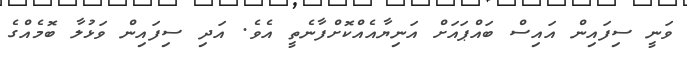
ވަނީ ސިފައިން އައިސް ބައްޕައަށް އަނިޔާއެއްކޮށްފާނެތީ އެވެ. އަދި ސިފައިން ވަޅުލާ ބޮމެއްގެ